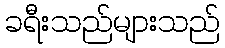
ခရီးသည်များသည်